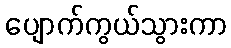
ပျောက်ကွယ်သွားကာ